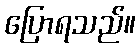
ပြောရသည်။